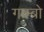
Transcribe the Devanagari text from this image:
गाम्ब्रो